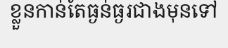
ខ្លួនកាន់តែធ្ងន់ធ្ងរជាងមុនទៅ